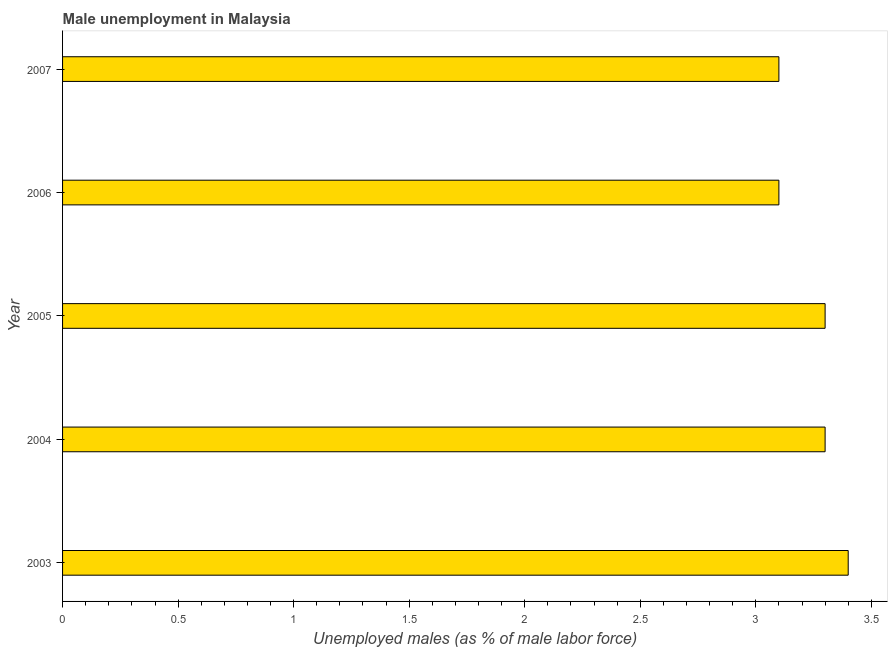
| Year | Unemployment |
 | --- | --- |
 | 2003 | 3.4 |
 | 2004 | 3.3 |
 | 2005 | 3.3 |
 | 2006 | 3.1 |
 | 2007 | 3.1 |